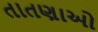
તાતણાઓ